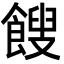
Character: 餿